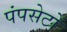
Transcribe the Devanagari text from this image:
पंपसेटों